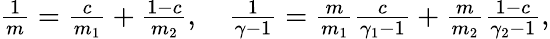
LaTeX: \begin{array}{r}{\frac{1}{m}=\frac{c}{m_{1}}+\frac{1-c}{m_{2}},\quad\frac{1}{\gamma-1}=\frac{m}{m_{1}}\frac{c}{\gamma_{1}-1}+\frac{m}{m_{2}}\frac{1-c}{\gamma_{2}-1},}\end{array}